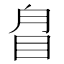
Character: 𥅕